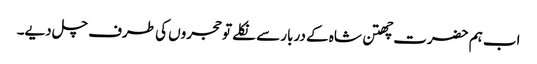
اب ہم حضرت چھتن شاہ کے دربار سے نکلے تو حجروں کی طرف چل دیے۔